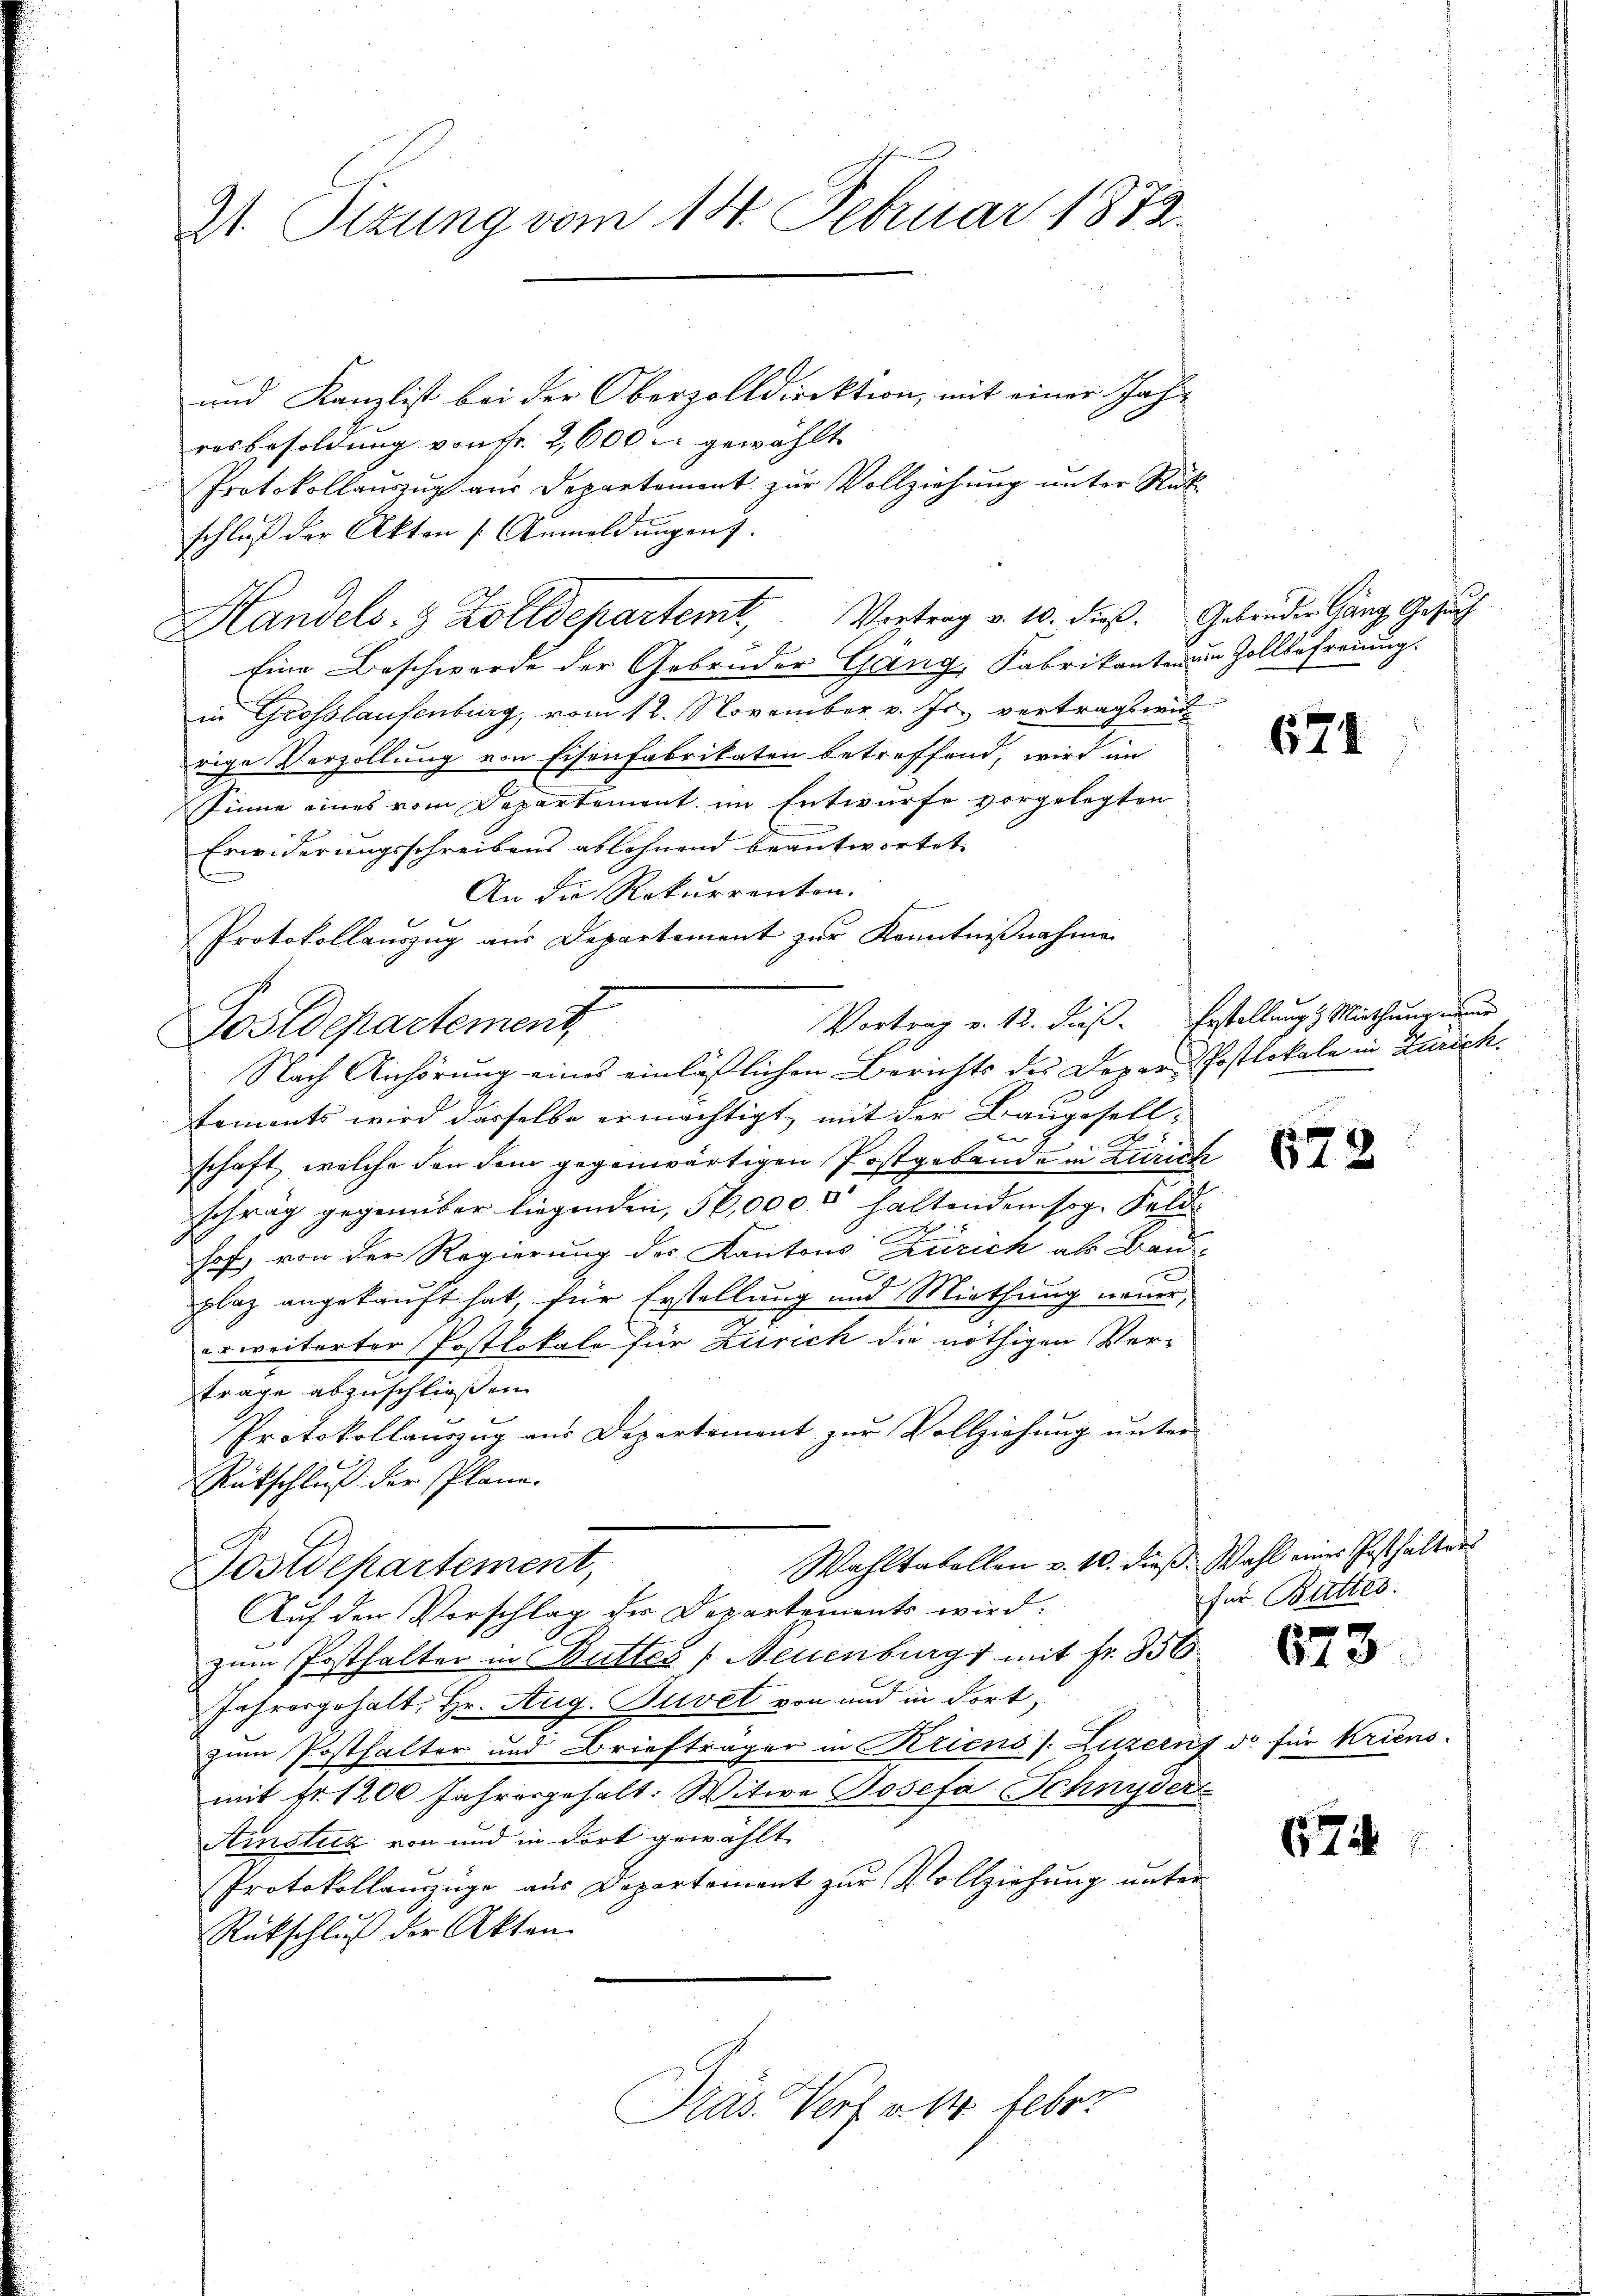
Dr. Sitzung vom 14. Februar 1873.

und Kanzlist bei der Oberzolldirektion, mit einer Jahr-
resbesoldung von Fr. 2600 c. gewählt
Protokollauszug aus Departement zur Vollziehung unter Rückschluß der Akten (Anmeldŭngen.
Eine Beschwerde der Gebrüder Gang, Fabrikanten um Zollbefreiung.
in Grosslaufenburg, vom 12. November v. Js. vertragten
rige Verzollung von Eisenfabrikaten betreffend, wird in
Sinne eines vom Departement im Entwurfe vorgelegten
Erwiderungsschreibens ablehnend beantwortet. |
An die Rekurrenten.
Protokollauszug aus Departement zur Kenntnißnahme
Postdepartement
Nach Anhörung eines einläßlichen Berichts des Deper, Postlokale in Zürich.
tements wird dasselbe ermächtigt, mit der Baugesell-

.
schaft, welche den dem gegenwärtigen Postgebäude in Zürich
schräg gegenüber liegenden, 56,000 s haltenden sog. Feld
hof, von der Regierung des Kantons Zürich als Bauplaz angekauft hat, für Erstellung und Miethung neuer,
erweiterter Postlokale für Zürich die nöthigen Ver-
trage abzuschließen.
Protokollauszug aus Departement zur Vollziehung unter
Rückschluß der Pläne.
Wahltabellen v. 10. dieß. Wahl eines Posthalten
Postdepartement,
Auf den Vorschlag der Departements wird.
zum Posthalter in Butter (Neuenburg mit Fr. 856
Jahresgehalt Hr. Aug. Buvet von und in dort,
zum Posthalter und Briefträger in Kriens (Luzern do für Kriens
mit Fr. 1200 Jahresgehalt: Witwe Josefa Schnyders
Ainsturz von und in dort gewählt.
Protokollamzüge aus Departement zur Vollziehung unter
Rückschluß der Akten.
Präs. Verf. v. 1. Febr

Handels- & Zolldepartemt, Vertrag v. 10. dieß. Gebender Gang Gesuch

g

Vortrag v. 12. dies. Erstellung Miethung nur

674

672

für Butter.

672

674